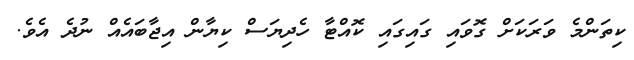
ކިތަންމެ ވަރަކަށް ގޮވައި ގައިގައި ކޮއްޓާ ހެދިޔަސް ކިޔާން އިޖާބައެއް ނުދެ އެވެ.